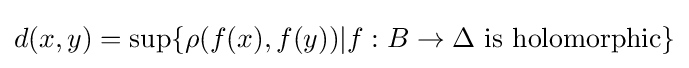
d(x,y)=\sup\{\rho (f(x),f(y))|f:B\to \Delta {\mbox{ is holomorphic}}\}